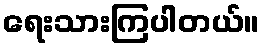
ရေးသားကြပါတယ်။